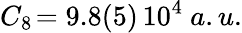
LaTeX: C_{8}\! =9.8(5)\, 10^{4}~a.u.